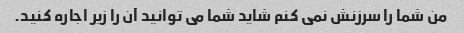
من شما را سرزنش نمی کنم شاید شما می توانید آن را زیر اجاره کنید.